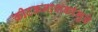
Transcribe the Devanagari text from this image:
कीटकनाशकांमुळे